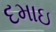
દમાઇ